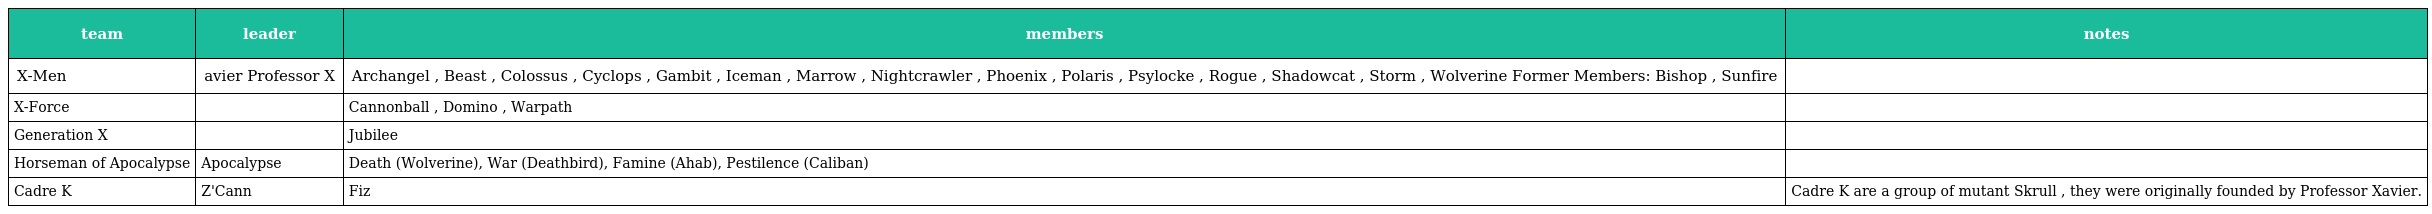
| team | leader | members | notes |
 | --- | --- | --- | --- |
 | X-Men | avier Professor X | Archangel , Beast , Colossus , Cyclops , Gambit , Iceman , Marrow , Nightcrawler , Phoenix , Polaris , Psylocke , Rogue , Shadowcat , Storm , Wolverine Former Members: Bishop , Sunfire |  |
 | X-Force |  | Cannonball , Domino , Warpath |  |
 | Generation X |  | Jubilee |  |
 | Horseman of Apocalypse | Apocalypse | Death (Wolverine), War (Deathbird), Famine (Ahab), Pestilence (Caliban) |  |
 | Cadre K | Z'Cann | Fiz | Cadre K are a group of mutant Skrull , they were originally founded by Professor Xavier. |